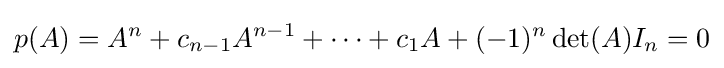
p(A)=A^{n}+c_{n-1}A^{n-1}+\cdots +c_{1}A+(-1)^{n}\det(A)I_{n}=0